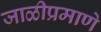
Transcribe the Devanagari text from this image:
जाळीप्रमाणे